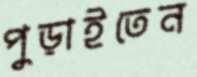
পুড়াইতেন